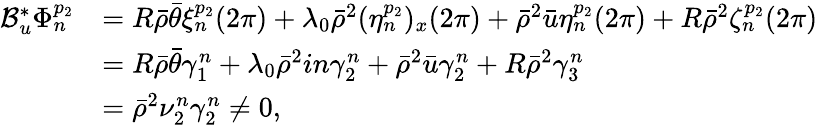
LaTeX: \begin{array}{rl}{\mathcal{B}_{u}^{*}\Phi_{n}^{p_{2}}}&{=R\bar{\rho}\bar{\theta}\xi_{n}^{p_{2}}(2\pi)+\lambda_{0}\bar{\rho}^{2}(\eta_{n}^{p_{2}})_{x}(2\pi)+\bar{\rho}^{2}\bar{u}\eta_{n}^{p_{2}}(2\pi)+R\bar{\rho}^{2}\zeta_{n}^{p_{2}}(2\pi)}\\ &{=R\bar{\rho}\bar{\theta}\gamma_{1}^{n}+\lambda_{0}\bar{\rho}^{2}in\gamma_{2}^{n}+\bar{\rho}^{2}\bar{u}\gamma_{2}^{n}+R\bar{\rho}^{2}\gamma_{3}^{n}}\\ &{=\bar{\rho}^{2}\nu_{2}^{n}\gamma_{2}^{n}\neq 0,}\end{array}